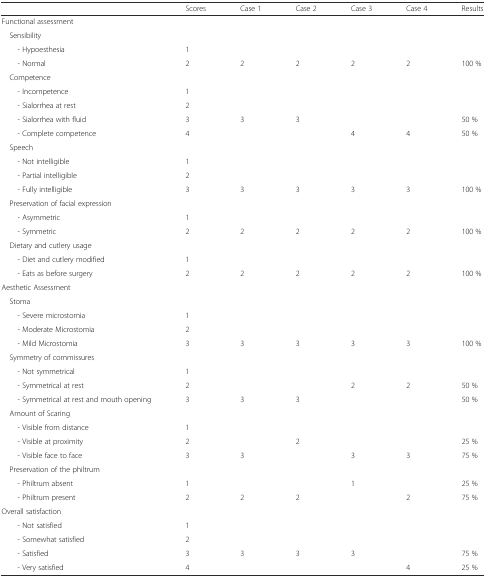
<table><thead><tr><td></td><td><b>Scores</b></td><td><b>Case 1</b></td><td><b>Case 2</b></td><td><b>Case 3</b></td><td><b>Case 4</b></td><td><b>Results</b></td></tr></thead><tbody><tr><td colspan="7">Functional assessment</td></tr><tr><td colspan="7"> Sensibility</td></tr><tr><td>- Hypoesthesia</td><td>1</td><td></td><td></td><td></td><td></td><td></td></tr><tr><td>- Normal</td><td>2</td><td>2</td><td>2</td><td>2</td><td>2</td><td>100 %</td></tr><tr><td colspan="7"> Competence</td></tr><tr><td>- Incompetence</td><td>1</td><td></td><td></td><td></td><td></td><td></td></tr><tr><td>- Sialorrhea at rest</td><td>2</td><td></td><td></td><td></td><td></td><td></td></tr><tr><td>- Sialorrhea with fluid</td><td>3</td><td>3</td><td>3</td><td></td><td></td><td>50 %</td></tr><tr><td>- Complete competence</td><td>4</td><td></td><td></td><td>4</td><td>4</td><td>50 %</td></tr><tr><td colspan="7"> Speech</td></tr><tr><td>- Not intelligible</td><td>1</td><td></td><td></td><td></td><td></td><td></td></tr><tr><td>- Partial intelligible</td><td>2</td><td></td><td></td><td></td><td></td><td></td></tr><tr><td>- Fully intelligible</td><td>3</td><td>3</td><td>3</td><td>3</td><td>3</td><td>100 %</td></tr><tr><td colspan="7"> Preservation of facial expression</td></tr><tr><td>- Asymmetric</td><td>1</td><td></td><td></td><td></td><td></td><td></td></tr><tr><td>- Symmetric</td><td>2</td><td>2</td><td>2</td><td>2</td><td>2</td><td>100 %</td></tr><tr><td colspan="7"> Dietary and cutlery usage</td></tr><tr><td>- Diet and cutlery modified</td><td>1</td><td></td><td></td><td></td><td></td><td></td></tr><tr><td>- Eats as before surgery</td><td>2</td><td>2</td><td>2</td><td>2</td><td>2</td><td>100 %</td></tr><tr><td colspan="7">Aesthetic Assessment</td></tr><tr><td colspan="7"> Stoma</td></tr><tr><td>- Severe microstomia</td><td>1</td><td></td><td></td><td></td><td></td><td></td></tr><tr><td>- Moderate Microstomia</td><td>2</td><td></td><td></td><td></td><td></td><td></td></tr><tr><td>- Mild Microstomia</td><td>3</td><td>3</td><td>3</td><td>3</td><td>3</td><td>100 %</td></tr><tr><td colspan="7"> Symmetry of commissures</td></tr><tr><td>- Not symmetrical</td><td>1</td><td></td><td></td><td></td><td></td><td></td></tr><tr><td>- Symmetrical at rest</td><td>2</td><td></td><td></td><td>2</td><td>2</td><td>50 %</td></tr><tr><td>- Symmetrical at rest and mouth opening</td><td>3</td><td>3</td><td>3</td><td></td><td></td><td>50 %</td></tr><tr><td colspan="7"> Amount of Scaring</td></tr><tr><td>- Visible from distance</td><td>1</td><td></td><td></td><td></td><td></td><td></td></tr><tr><td>- Visible at proximity</td><td>2</td><td></td><td>2</td><td></td><td></td><td>25 %</td></tr><tr><td>- Visible face to face</td><td>3</td><td>3</td><td></td><td>3</td><td>3</td><td>75 %</td></tr><tr><td colspan="7"> Preservation of the philtrum</td></tr><tr><td>- Philtrum absent</td><td>1</td><td></td><td></td><td>1</td><td></td><td>25 %</td></tr><tr><td>- Philtrum present</td><td>2</td><td>2</td><td>2</td><td></td><td>2</td><td>75 %</td></tr><tr><td colspan="7">Overall satisfaction</td></tr><tr><td>- Not satisfied</td><td>1</td><td></td><td></td><td></td><td></td><td></td></tr><tr><td>- Somewhat satisfied</td><td>2</td><td></td><td></td><td></td><td></td><td></td></tr><tr><td>- Satisfied</td><td>3</td><td>3</td><td>3</td><td>3</td><td></td><td>75 %</td></tr><tr><td>- Very satisfied</td><td>4</td><td></td><td></td><td></td><td>4</td><td>25 %</td></tr></tbody></table>